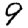
Digit: 9